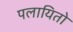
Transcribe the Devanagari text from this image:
पलायितो